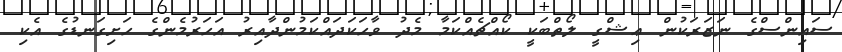
ސައިންސްގެ ނަޒަރަކުން ޢިޝްގީ ލޯތްބަކީ ކޯއްޗެއްކަމާ މެދު ވާހަކަދައްކަމުންދާއިރު އަހަރުމެންގެ ހަށިގަނޑުގެ އެކި